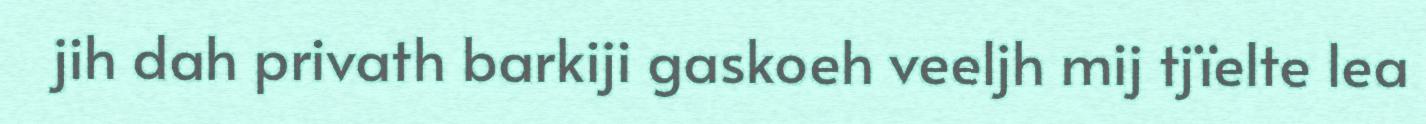
jih dah privath barkiji gaskoeh veeljh mij tjïelte lea